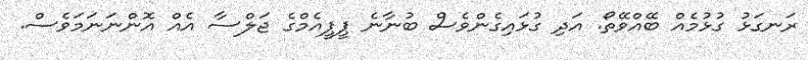
ރަނގަޅު ގުޅުމެއް ބޭއްވޭތޯ. އަދި ގުޅައިގެންވެސް ބުނާނެ ޕީޕީއެމްގެ ޖަލްސާ އެއް އޮންނަނަމަވެސް.